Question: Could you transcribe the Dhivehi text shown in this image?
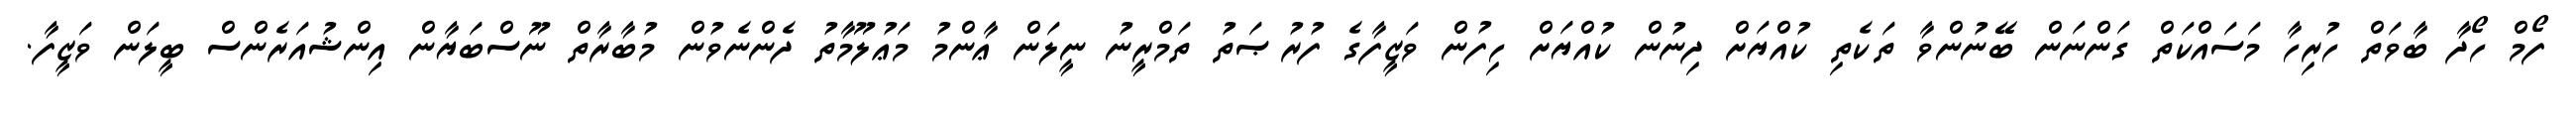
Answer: ފޯމް ހޯދާ ބާވަތް ހުރިހާ މަސައްކަތް ގަންނަން ބޭނުންވާ ތަކެތި ކުއްޔަށް ދިނުން ކުއްޔަށް ހިފުން ވަޒީފާގެ ފުރުޞަތު ތަމްރީނު ނީލަން ޢާންމު މަޢުލޫމާތު ދެންނެވުން މުބާރާތް ނޫސްބަޔާން އިންޝުއަރެންސް ބީލަން ވަޒީފާ.